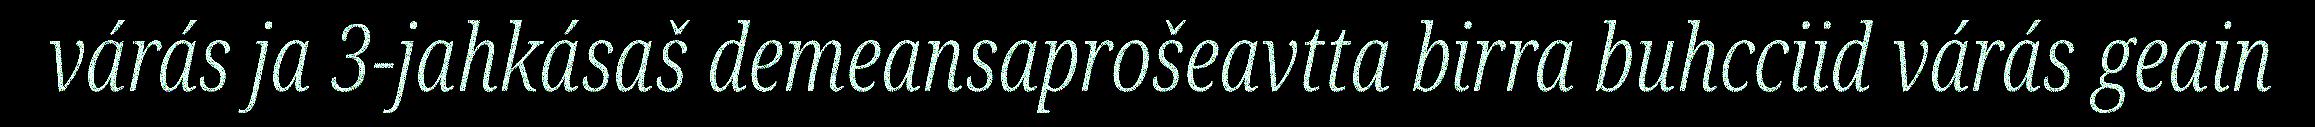
várás ja 3-jahkásaš demeansaprošeavtta birra buhcciid várás geain